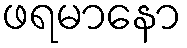
ဖရမာနော